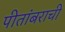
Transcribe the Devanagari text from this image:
पीतांबराची